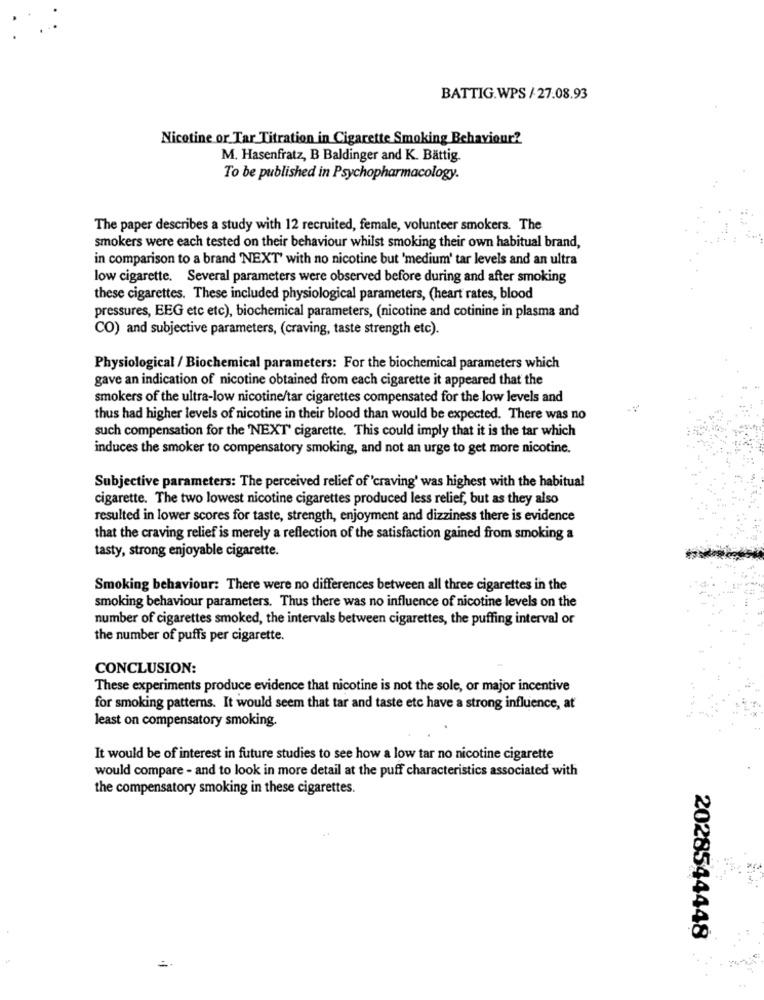
BATTIG.WPS / 27.08.93
Nicotine or Tar Titration in Cigarette Smoking Behaviour?
M. Hasenfratz, B Baldinger and K. Battig.
To be published in Psychopharmacology.
The paper describes a study with 12 recruited, female, volunteer smokers. The
smokers were each tested on their behaviour whilst smoking their own habitual brand,
in comparison to a brand 'NEXT' with no nicotine but 'medium' tar levels and an ultra
low cigarette. Several parameters were observed before during and after smoking
these cigarettes. These included physiological parameters, (heart rates, blood
pressures, EEG etc etc), biochemical parameters, (nicotine and cotinine in plasma and
CO) and subjective parameters, (craving, taste strength etc).
Physiological / Biochemical parameters: For the biochemical parameters which
gave an indication of nicotine obtained from each cigarette it appeared that the
smokers of the ultra-low nicotine/tar cigarettes compensated for the low levels and
thus had higher levels of nicotine in their blood than would be expected. There was no
such compensation for the 'NEXT' cigarette. This could imply that it is the tar which
induces the smoker to compensatory smoking, and not an urge to get more nicotine.
Subjective parameters: The perceived relief of 'craving' was highest with the habitual
cigarette. The two lowest nicotine cigarettes produced less relief, but as they also
resulted in lower scores for taste, strength, enjoyment and dizziness there is evidence
that the craving relief is merely a reflection of the satisfaction gained from smoking a
tasty, strong enjoyable cigarette.
Smoking behaviour: There were no differences between all three cigarettes in the
smoking behaviour parameters. Thus there was no influence of nicotine levels on the
number of cigarettes smoked, the intervals between cigarettes, the puffing interval or
the number of puffs per cigarette.
CONCLUSION:
These experiments produce evidence that nicotine is not the sole, or major incentive
for smoking patterns. It would seem that tar and taste etc have a strong influence, at
least on compensatory smoking.
It would be of interest in future studies to see how a low tar no nicotine cigarette
would compare - and to look in more detail at the puff characteristics associated with
the compensatory smoking in these cigarettes.
2028544448
=